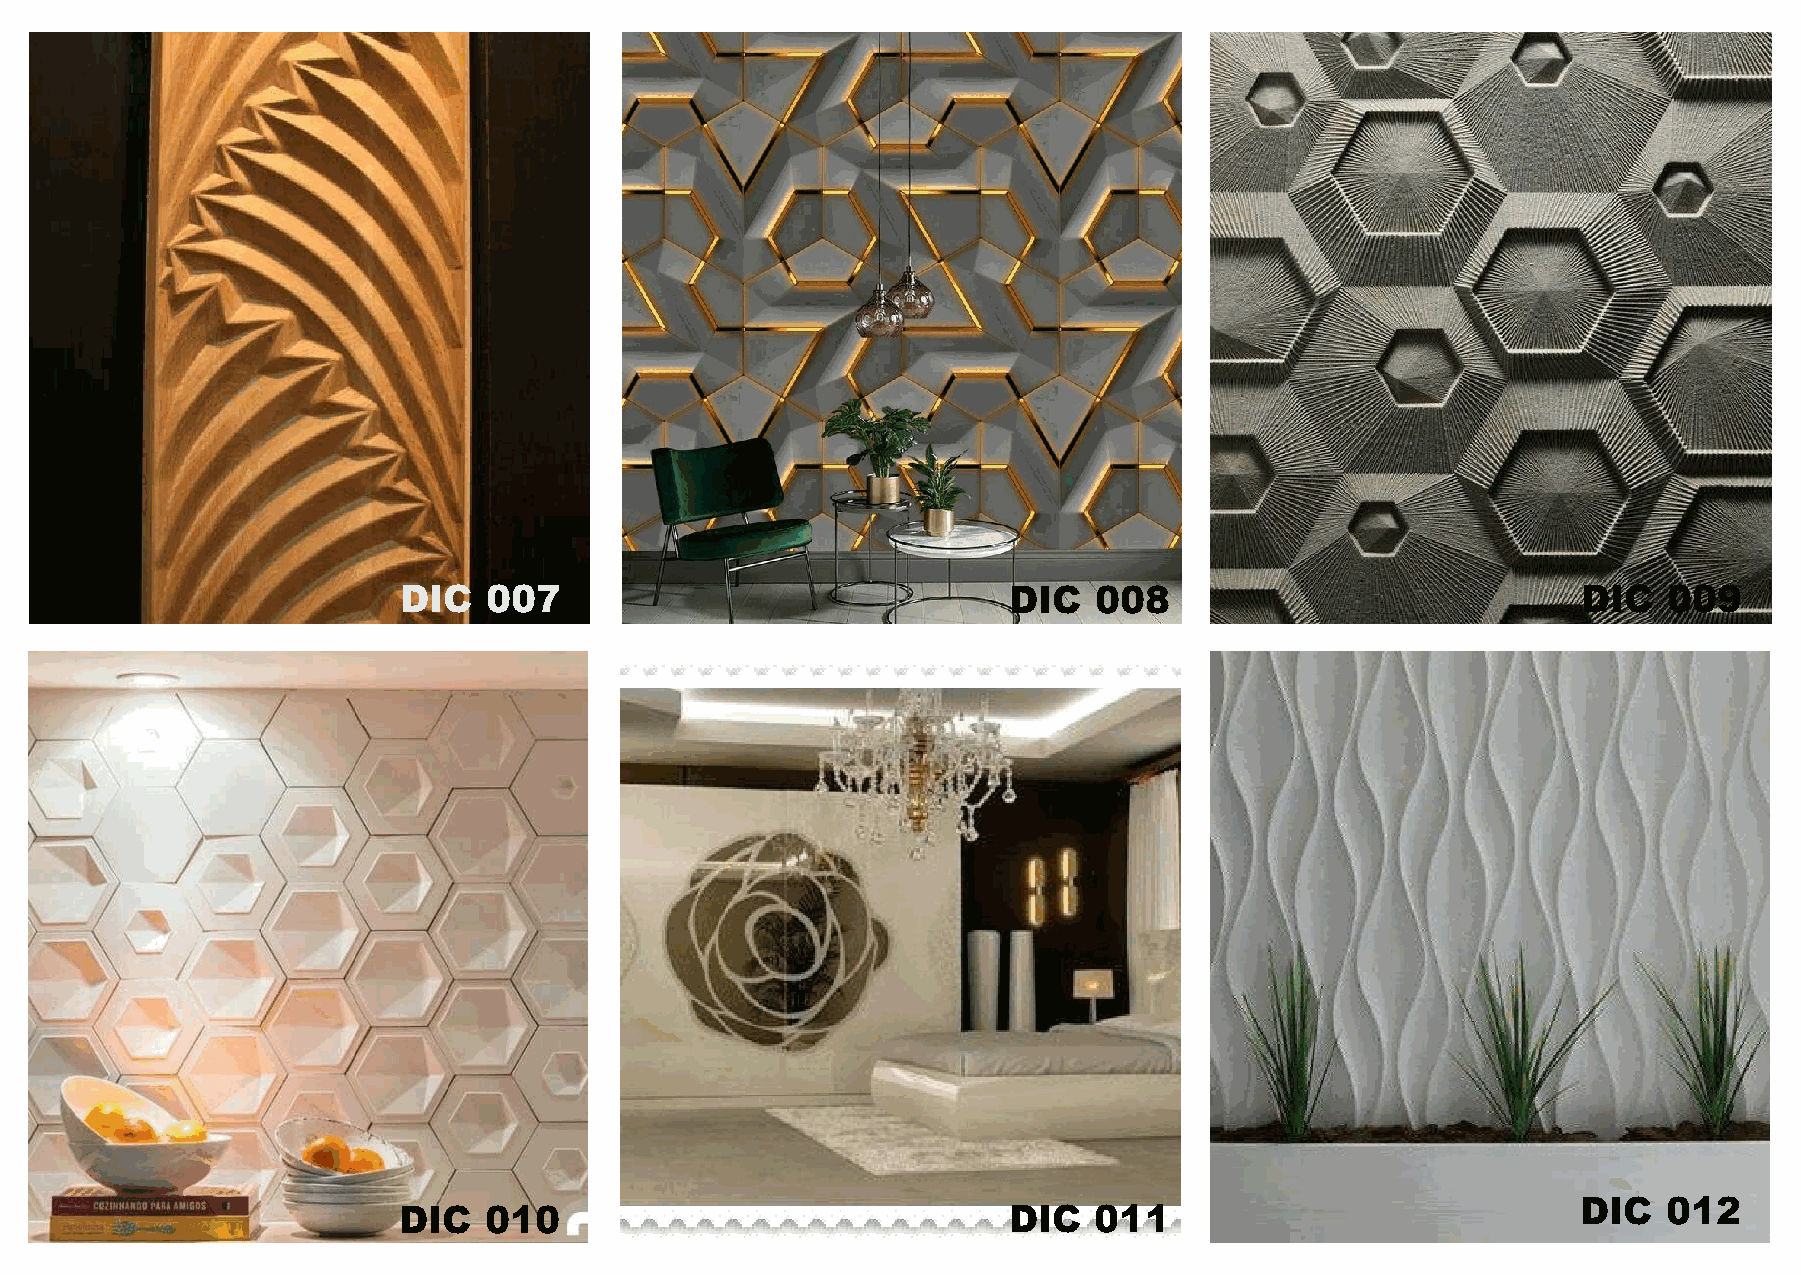
DIC   007                                DIC  008                              DIC  009
 DIC  012
 DIC   010                                DIC  011